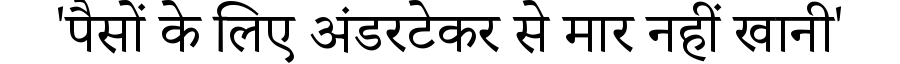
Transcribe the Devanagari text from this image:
'पैसों के लिए अंडरटेकर से मार नहीं खानी'